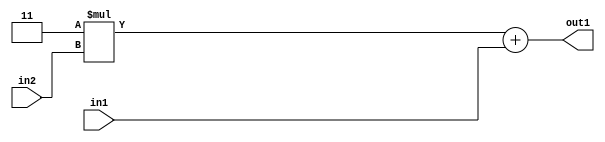
`timescale 1ps / 1ps
/*****************************************************************************
    Verilog RTL Description
    
    Generated at: 10:14:18 CST (+0800), Sunday 17 November 2019
    Generated on: ic58.cs.nthu.edu.tw
    Generated by: mc03 ()
    
    Created by: Stratus DpOpt 2017.1.02 
    Copyright (c) 2014-2015 Cadence Design Systems. All rights reserved worldwide.
    
    Cadence Design Systems proprietary and confidential
    ===================================================
    
    May contain information that incorporates Cadence Design Systems CellMath
    and other inventions claimed in Pending U.S. Patents.
    
    May contain Cadence Design Systems Trade Secrets of which use, disclosure or
    reproduction is contractually restricted or prohibited.  For more
    information, contact your legal department before any use, disclosure or
    reproduction.
*******************************************************************************/

module SobelFilter_Add2u2Mul2i3u2_4 (
	in2,
	in1,
	out1
	); /* architecture "behavioural" */ 
input [1:0] in2,
	in1;
output [3:0] out1;
wire [3:0] asc001;

wire [3:0] asc001_tmp_0;
assign asc001_tmp_0 = 
	+(4'B0011 * in2);
assign asc001 = asc001_tmp_0
	+(in1);

assign out1 = asc001;
endmodule

/* CADENCE  ubfxTQw= : u9/ySgnYtBlWxVDRUQkU4ug= ** DO NOT EDIT THIS LINE ******/